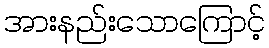
အားနည်းသောကြောင့်